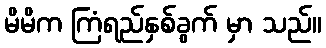
မိမိက ကြံရည်နှစ်ခွက် မှာ သည်။